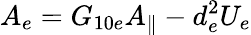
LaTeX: A_{e}=G_{10e}A_{\parallel}-d_{e}^{2}U_{e}